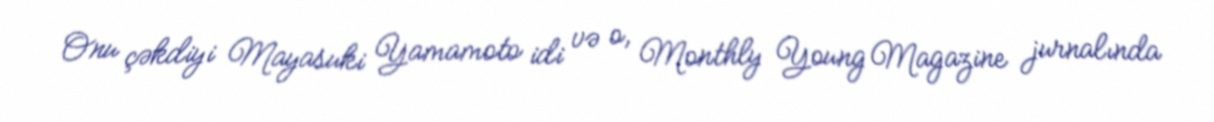
Onu çəkdiyi Mayasuki Yamamoto idi və o, Monthly Young Magazine jurnalında